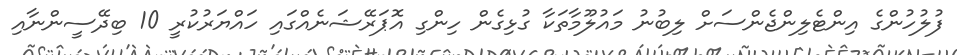
ފުލުހުންގެ އިންޓެލިންޖެންސަށް ލިބުނު މައުލޫމާތަކާ ގުޅިގެން ހިންގި އޮޕަރޭޝަނެއްގައި ހައްޔަރުކުރީ 10 ބިދޭސީންނާއި